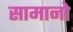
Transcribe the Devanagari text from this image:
सामानो